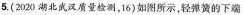
5.(2020湖北武汉质量检测，16)如图所示，轻弹簧的下端